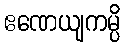
ဧဏေယျကမ္ပိ